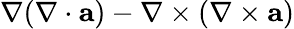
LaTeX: \nabla(\nabla\cdot{\mathbf a})-\nabla\times(\nabla\times{\mathbf a})